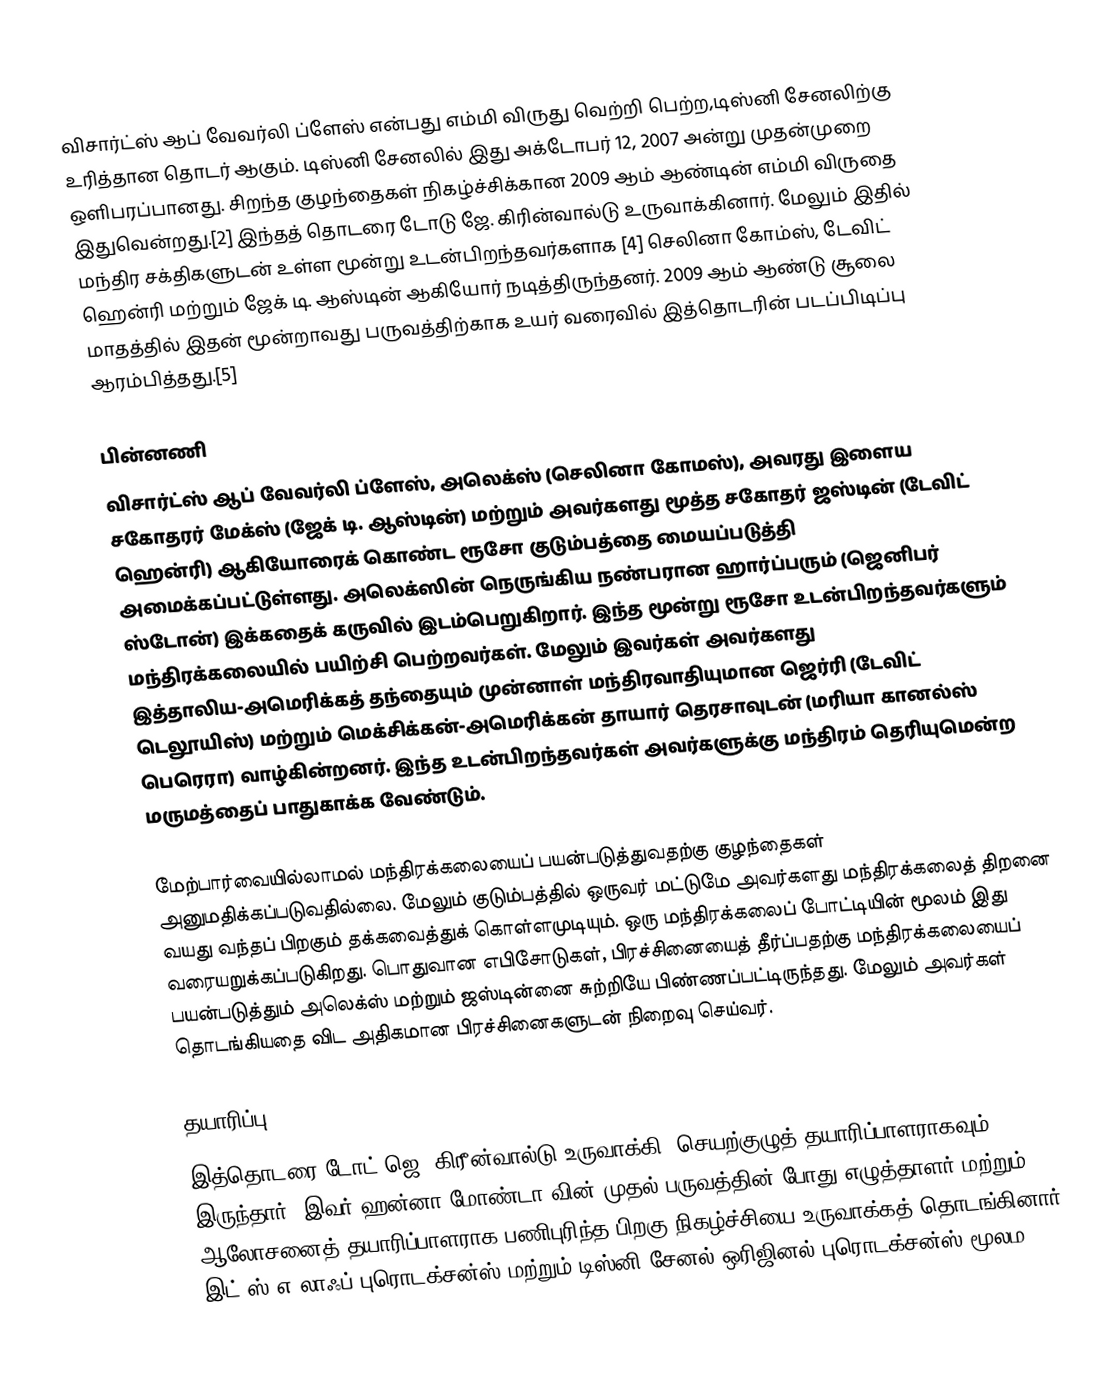
விசார்ட்ஸ் ஆப் வேவர்லி ப்ளேஸ்  என்பது எம்மி விருது வெற்றி பெற்ற,டிஸ்னி சேனலிற்கு உரித்தான தொடர் ஆகும். டிஸ்னி சேனலில் இது அக்டோபர் 12, 2007 அன்று முதன்முறை ஒளிபரப்பானது. சிறந்த குழந்தைகள் நிகழ்ச்சிக்கான 2009 ஆம் ஆண்டின்  எம்மி விருதை இதுவென்றது.[2] இந்தத் தொடரை டோடு ஜே. கிரின்வால்டு உருவாக்கினார். மேலும் இதில் மந்திர சக்திகளுடன் உள்ள மூன்று உடன்பிறந்தவர்களாக [4] செலினா கோம்ஸ், டேவிட் ஹென்ரி மற்றும் ஜேக் டி. ஆஸ்டின் ஆகியோர் நடித்திருந்தனர். 2009 ஆம் ஆண்டு சூலை மாதத்தில் இதன் மூன்றாவது பருவத்திற்காக உயர் வரைவில் இத்தொடரின் படப்பிடிப்பு ஆரம்பித்தது.[5]

பின்னணி
விசார்ட்ஸ் ஆப் வேவர்லி ப்ளேஸ், அலெக்ஸ் (செலினா கோமஸ்), அவரது இளைய சகோதரர் மேக்ஸ் (ஜேக் டி. ஆஸ்டின்) மற்றும் அவர்களது மூத்த சகோதர் ஜஸ்டின் (டேவிட் ஹென்ரி) ஆகியோரைக் கொண்ட ரூசோ குடும்பத்தை மையப்படுத்தி அமைக்கப்பட்டுள்ளது. அலெக்ஸின் நெருங்கிய நண்பரான ஹார்ப்பரும் (ஜெனிபர் ஸ்டோன்) இக்கதைக் கருவில் இடம்பெறுகிறார். இந்த மூன்று ரூசோ உடன்பிறந்தவர்களும் மந்திரக்கலையில் பயிற்சி பெற்றவர்கள். மேலும் இவர்கள் அவர்களது இத்தாலிய-அமெரிக்கத் தந்தையும் முன்னாள் மந்திரவாதியுமான ஜெர்ரி (டேவிட் டெலூயிஸ்) மற்றும் மெக்சிக்கன்-அமெரிக்கன் தாயார் தெரசாவுடன் (மரியா கானல்ஸ் பெரெரா) வாழ்கின்றனர். இந்த உடன்பிறந்தவர்கள் அவர்களுக்கு மந்திரம் தெரியுமென்ற மருமத்தைப் பாதுகாக்க வேண்டும்.

மேற்பார்வையில்லாமல் மந்திரக்கலையைப் பயன்படுத்துவதற்கு குழந்தைகள் அனுமதிக்கப்படுவதில்லை. மேலும் குடும்பத்தில் ஒருவர் மட்டுமே அவர்களது மந்திரக்கலைத் திறனை வயது வந்தப் பிறகும் தக்கவைத்துக் கொள்ளமுடியும். ஒரு மந்திரக்கலைப் போட்டியின் மூலம் இது வரையறுக்கப்படுகிறது. பொதுவான எபிசோடுகள், பிரச்சினையைத் தீர்ப்பதற்கு மந்திரக்கலையைப் பயன்படுத்தும் அலெக்ஸ் மற்றும் ஜஸ்டின்னை சுற்றியே பிண்ணப்பட்டிருந்தது. மேலும் அவர்கள் தொடங்கியதை விட அதிகமான பிரச்சினைகளுடன் நிறைவு செய்வர்.

தயாரிப்பு
இத்தொடரை டோட் ஜெ. கிரீன்வால்டு உருவாக்கி, செயற்குழுத் தயாரிப்பாளராகவும் இருந்தார். இவர் ஹன்னா மோண்டா வின் முதல் பருவத்தின் போது எழுத்தாளர் மற்றும் ஆலோசனைத் தயாரிப்பாளராக பணிபுரிந்த பிறகு நிகழ்ச்சியை உருவாக்கத் தொடங்கினார். இட்'ஸ் எ லாஃப் புரொடக்சன்ஸ் மற்றும் டிஸ்னி சேனல் ஒரிஜினல் புரொடக்சன்ஸ் மூலம